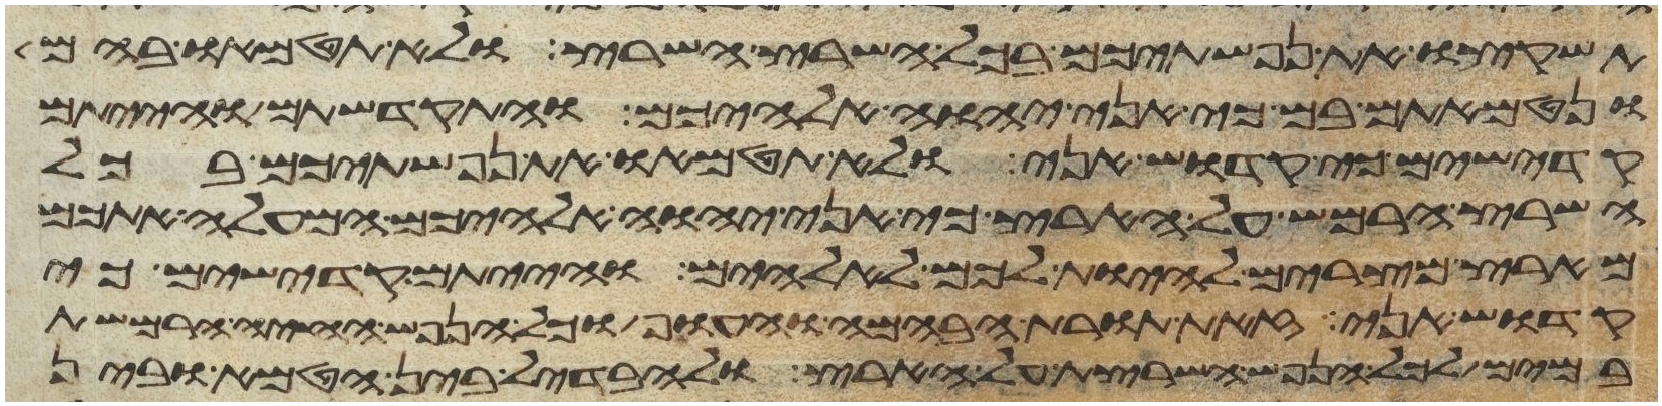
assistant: תשקצו את נפשתיכם בכל השרץ השרץ ולא תטמאו בהם
ונטמאתם בם כי אני יהוה אלהיכם והתקדשתם והייתם
קדישים כי קדוש אני ולא תטמאו את נפשתיכם בכל
השרץ הרמש על הארץ כי אני יהוה אלהיכם המעלה אתכם
מארץ מצרים להיות לכם לאלהים והייתם קדישים כי
קדוש אני זאת תורת הבהמה והעוף וכל הנפש החיה הרמשת
במים לכל הנפש השרצת על הארץ להבדיל בין הטמא ובין